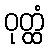
ဝုတ္ထံ